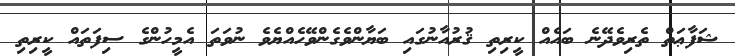
ޝަފާޢަތް ތެރިވެދޭނެ ބައެއް ކީރިތި ޤުރުއާނުގައި ބަޔާންވެގެންވޭހެއްޔެވެ ނުވަތަ އެމީހުންގެ ސިފަތައް ކީރިތި